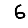
Digit: 6